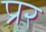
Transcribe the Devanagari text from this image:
प्रर